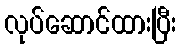
လုပ်ဆောင်ထားပြီး